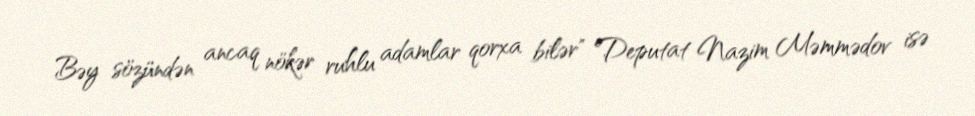
Bəy sözündən ancaq nökər ruhlu adamlar qorxa bilər" Deputat Nazim Məmmədov isə